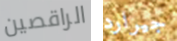
الراقصين جيرارد